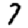
Digit: 7